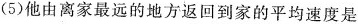
(5)他由离家最远的地方返回到家的平均速度是